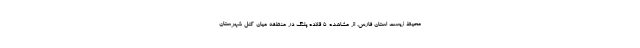
محیط زیست استان فارس، از مشاهده ۵ قلاده پلنگ در منطقه میان کتل شهرستان